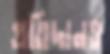
প্রতিদানও